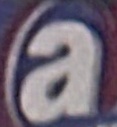
a